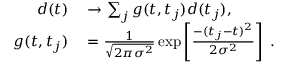
\begin{array} { r l } { d ( t ) } & { { } \to \sum _ { j } g ( t , t _ { j } ) d ( t _ { j } ) , } \\ { g ( t , t _ { j } ) } & { { } = \frac { 1 } { \sqrt { 2 \pi \sigma ^ { 2 } } } \exp \left[ \frac { - ( t _ { j } - t ) ^ { 2 } } { 2 \sigma ^ { 2 } } \right] \; . } \end{array}